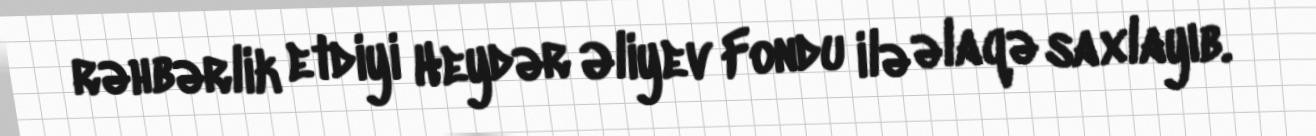
rəhbərlik etdiyi Heydər Əliyev Fondu ilə əlaqə saxlayıb.